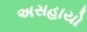
અસહાયો